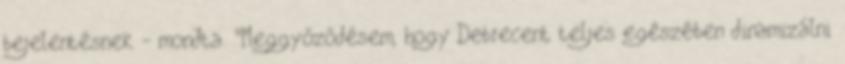
bejelentésnek - mondta. "Meggyőződésem, hogy Debrecent teljes egészében dinamizálni